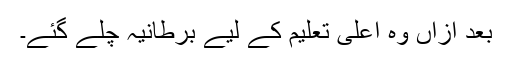
بعد ازاں وہ اعلیٰ تعلیم کے لیے برطانیہ چلے گئے۔